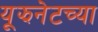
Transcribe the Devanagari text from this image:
यूझनेटच्या